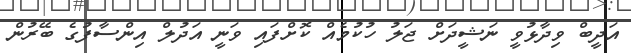
އަދީބް ވިދާޅުވީ ނަޝީދަށް ޖަލު ހުކުމެއް ކޮށްފައި ވަނީ އަދުލް އިންސާފުގެ ބޭރުން